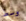
وسط